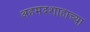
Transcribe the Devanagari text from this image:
अहमदशाहाच्या